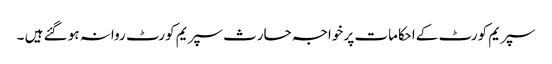
سپریم کورٹ کےاحکامات پر خواجہ حارث سپریم کورٹ روانہ ہو گئے ہیں ۔